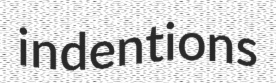
indentions